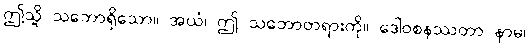
ဤသို့ သဘောရှိသော။ အယံ၊ ဤ သဘောတရားကို။ ဒေါဝစနဿတာ နာမ၊